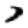
Digit: 7